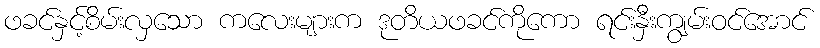
ဖခင်နှင့်စိမ်းလှသော ကလေးများက ဒုတိယဖခင်ကိုကော ရင်းနှီးကျွမ်းဝင်အောင်